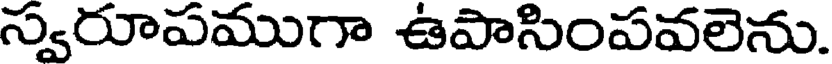
స్వరూపముగా ఉపాసింపవలెను.